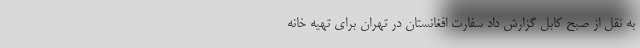
به نقل از صبح کابل گزارش داد سفارت افغانستان در تهران برای تهیه خانه